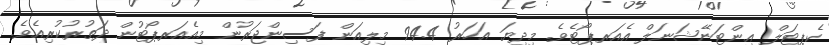
ކެޕިޓަލް އިންޓަނޭޝަނަލް އެއަރޕޯޓެވެ. މިދިޔަ އަހަރު 94.4 މިލިއަން ފަސިންޖަރުން މިއެއަރޕޯޓުން ދަތުރުކުރިއެވެ.